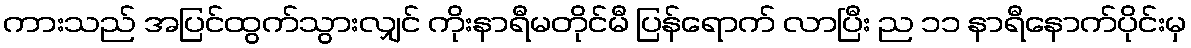
ကားသည် အပြင်ထွက်သွားလျှင် ကိုးနာရီမတိုင်မီ ပြန်ရောက် လာပြီး ည ၁၁ နာရီနောက်ပိုင်းမှ